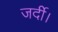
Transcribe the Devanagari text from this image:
जर्दी।